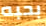
بحبه